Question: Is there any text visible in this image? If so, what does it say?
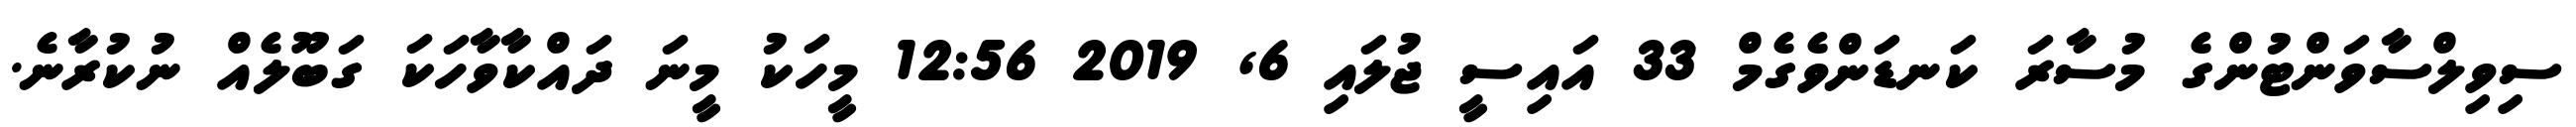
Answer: ސިވިލްސާވަންޓުންގެ މުސާރަ ކަނޑަންވެގެމް 33 އައިސީ ޖުލައި 6, 2019 12:56 މީހަކު މީނަ ދައްކާވާހަކަ ގަބޫލެއް ނުކުރާނެ.